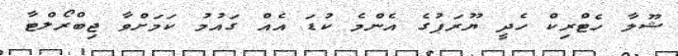
ޝޫލާ ހެޓްރިކް ހެދީ ޔޫރަޕުގެ އެންމެ ކުޑަ އެއް ގައުމު ކަމަށްވާ ޖިބްރޯލްޓާ